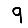
Digit: 9